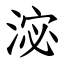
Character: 淧